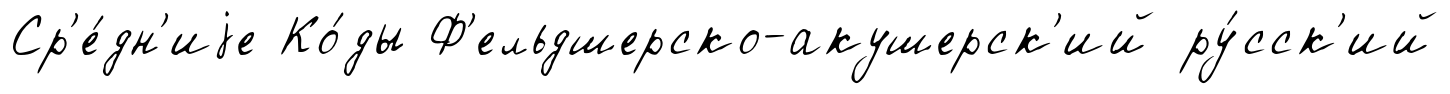
Ср'е́дн'иjе Ко́ды Ф'ельдшерско-акушерск'ий ру́сск'ий